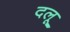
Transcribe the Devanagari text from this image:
दलू